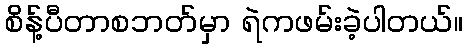
စိန့်ပီတာစဘတ်မှာ ရဲကဖမ်းခဲ့ပါတယ်။